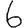
Digit: 6